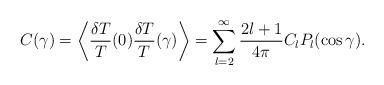
LaTeX: \begin{align*}C(\gamma) =\left\langle \frac{\delta T}{T}(0)\frac{\delta T}{T}(\gamma)\right\rangle =\sum_{l=2}^{\infty} \frac{2l+1}{4\pi} C_{l} P_{l}(\cos \gamma).\end{align*}